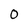
Character: 0